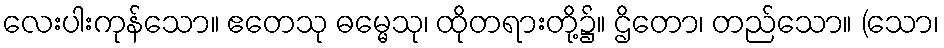
လေးပါးကုန်သော။ ဧတေသု ဓမ္မေသု၊ ထိုတရားတို့၌။ ဌိတော၊ တည်သော။ (သော၊